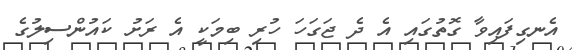
އެނގިފައިވާ ގޮތުގައި އެ ދެ ޖަގަހަ ހުރި ބިމަކީ އެ ރަށު ކައުންސިލުގެ